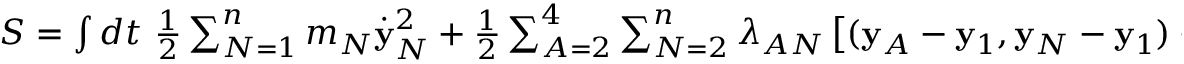
\begin{array} { r } { S = \int d t ~ \frac 1 2 \sum _ { N = 1 } ^ { n } m _ { N } \dot { \bf y } _ { N } ^ { 2 } + \frac 1 2 \sum _ { A = 2 } ^ { 4 } \sum _ { N = 2 } ^ { n } \lambda _ { A N } \left[ ( { \bf y } _ { A } - { \bf y } _ { 1 } , { \bf y } _ { N } - { \bf y } _ { 1 } ) - a _ { A N } \right] . } \end{array}